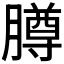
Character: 𬛘